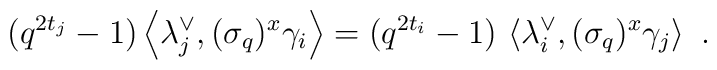
(q^{2t_{j}}-1)\left\langle \lambda _{j}^{\vee },(\sigma _{q})^{x}\gamma_{i}\right\rangle =(q^{2t_{i}}-1)\,\left\langle \lambda _{i}^{\vee },(\sigma_{q})^{x}\gamma _{j}\right\rangle \,\,.